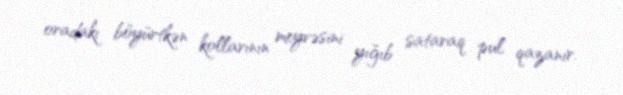
oradakı böyürtkən kollarının meyvəsini yığıb sataraq pul qazanır.